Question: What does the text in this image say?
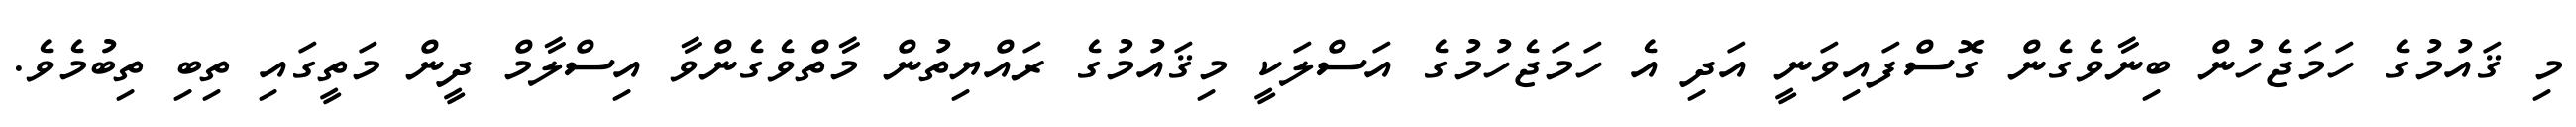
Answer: މި ޤައުމުގެ ހަމަޖެހުން ބިނާވެގެން ގޮސްފައިވަނީ އަދި އެ ހަމަޖެހުމުގެ އަސްލަކީ މިޤައުމުގެ ރައްޔިތުން މާތްވެގެންވާ އިސްލާމް ދީން މަތީގައި ތިބި ތިބުމެވެ.